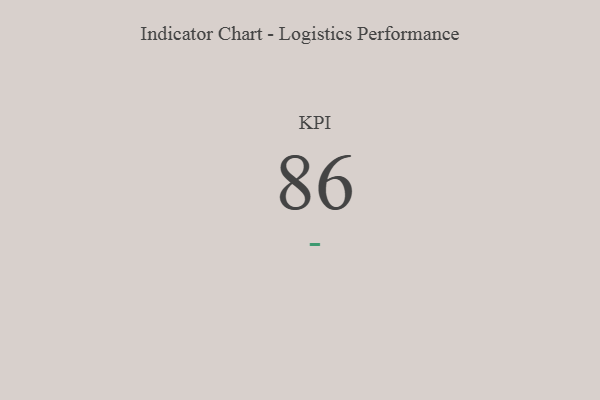
{"axis": {"x": "KPI", "y": "Value"}, "legend": [""], "data": [{"x": "KPI", "y": 86, "type": ""}]}